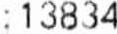
:13834